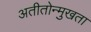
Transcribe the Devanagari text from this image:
अतीतोन्मुखता